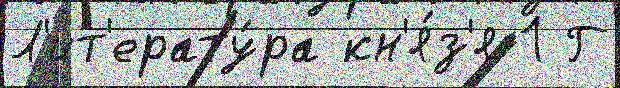
Л'ит'ерату́ра кн'я́з'я 1 Г